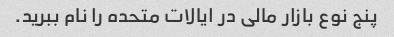
پنج نوع بازار مالی در ایالات متحده را نام ببرید.